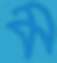
ম